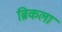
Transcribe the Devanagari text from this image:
ब्रिकला